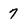
Character: 7